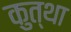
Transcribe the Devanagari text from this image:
कुत्था